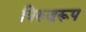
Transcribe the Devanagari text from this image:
विरुद्धरूप